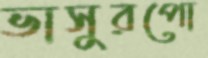
ভাসুরপো